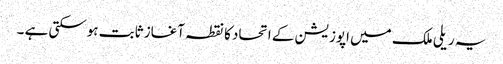
یہ ریلی ملک میں اپوزیشن کے اتحاد کا نقطہ آغاز ثابت ہوسکتی ہے ۔